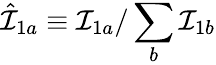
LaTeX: \hat{\mathcal{I}}_{1a}\equiv\mathcal{I}_{1a}/\sum_{b}\mathcal{I}_{1b}